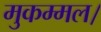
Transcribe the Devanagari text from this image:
मुकम्मल।